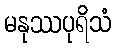
မနုဿပုရိသံ